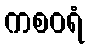
ကစဝရံ